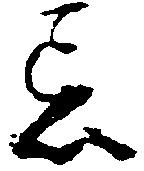
忌